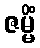
ဇမ္မိံ